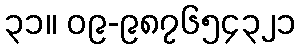
၃၁။ ၀၉-၉၈၇၆၅၄၃၂၁